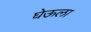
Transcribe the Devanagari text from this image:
घेऊला